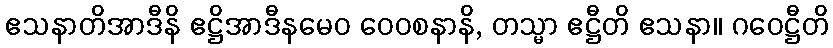
ဧသနာတိအာဒီနိ ဧဋ္ဌိအာဒီနမေဝ ဝေဝစနာနိ, တသ္မာ ဧဋ္ဌီတိ ဧသနာ။ ဂဝေဋ္ဌီတိ